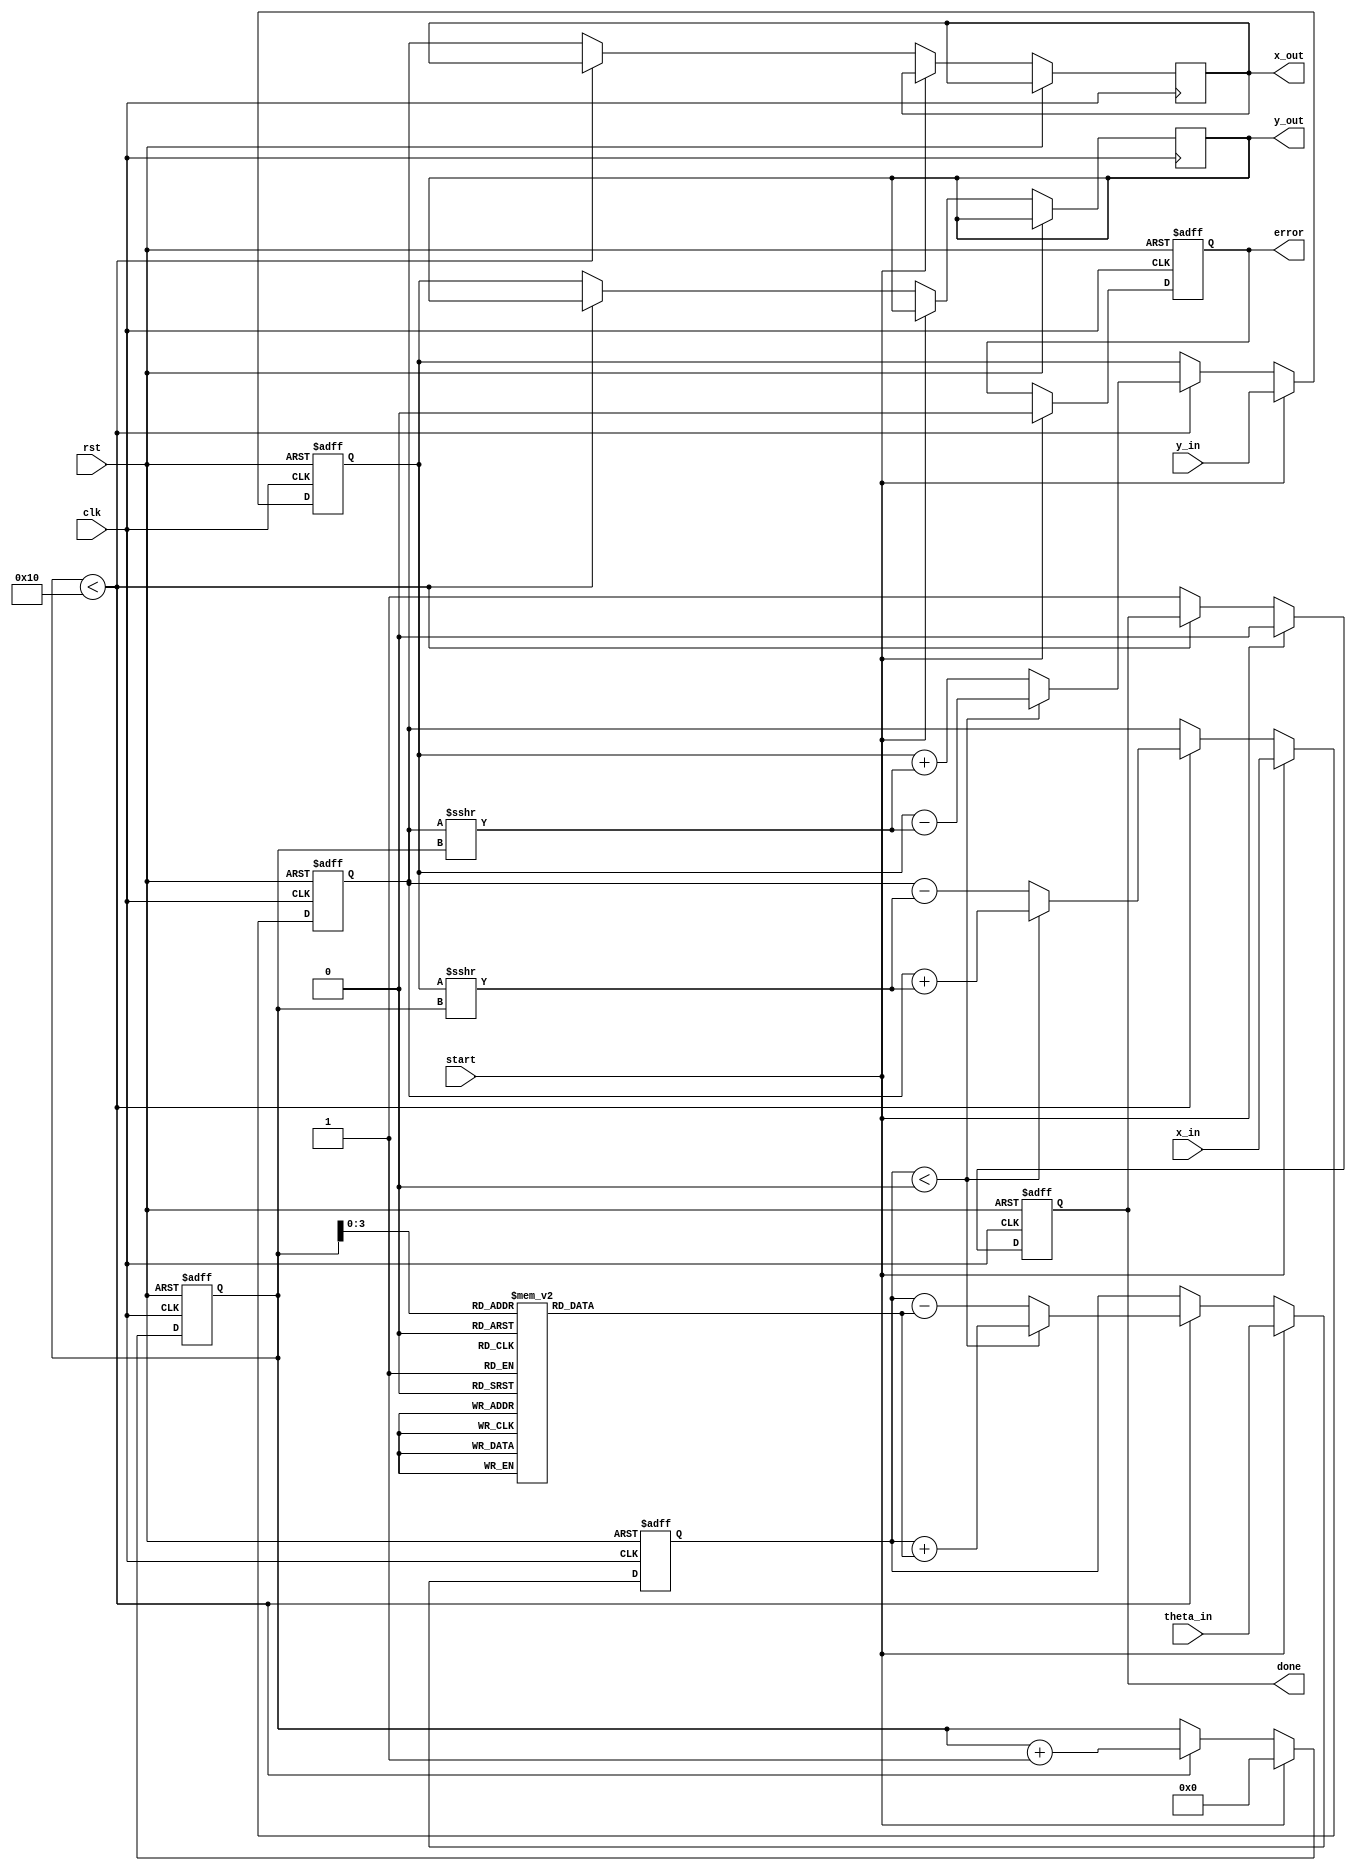
module modified_cordic #(
    parameter WIDTH = 16,            // Input and output width
    parameter ITERATIONS = 16        // Number of iterations
)(
    input wire clk,                  // Clock signal
    input wire rst,                  // Reset signal
    input wire start,                // Start signal for the computation
    input wire [WIDTH-1:0] x_in,     // X coordinate input
    input wire [WIDTH-1:0] y_in,     // Y coordinate input
    input wire [WIDTH-1:0] theta_in, // Angle input in radians
    output reg [WIDTH-1:0] x_out,    // X coordinate output
    output reg [WIDTH-1:0] y_out,     // Y coordinate output
    output reg done,                  // Done signal
    output reg error                  // Error flag
);

    // Precomputed arctangent values (in fixed-point format)
    reg [WIDTH-1:0] atan_table [0:ITERATIONS-1];
    initial begin
        // Initialize arctangent values (example values, needs to be filled in)
        atan_table[0] = 16'h2000; // atan(2^-0)
        atan_table[1] = 16'h1000; // atan(2^-1)
        atan_table[2] = 16'h0800; // atan(2^-2)
        // Add more values as needed...
    end

    reg [WIDTH-1:0] x_reg, y_reg; // Registers for holding intermediate results
    reg [WIDTH-1:0] theta_reg;    // Register for holding angle
    reg [4:0] iteration;           // Iteration counter
    reg [1:0] mode;                // Mode: 0 = rotation, 1 = vectoring

    // State machine for CORDIC operation
    always @(posedge clk or posedge rst) begin
        if (rst) begin
            x_reg <= 0;
            y_reg <= 0;
            theta_reg <= 0;
            iteration <= 0;
            done <= 0;
            error <= 0;
        end else if (start) begin
            // Initialize registers
            x_reg <= x_in;
            y_reg <= y_in;
            theta_reg <= theta_in;
            iteration <= 0;
            done <= 0;
            error <= 0;
        end else if (iteration < ITERATIONS) begin
            // CORDIC algorithm iteration
            if (theta_reg < 0) begin
                // Rotate clockwise
                x_reg <= x_reg + (y_reg >>> iteration);
                y_reg <= y_reg - (x_reg >>> iteration);
                theta_reg <= theta_reg + atan_table[iteration];
            end else begin
                // Rotate counter-clockwise
                x_reg <= x_reg - (y_reg >>> iteration);
                y_reg <= y_reg + (x_reg >>> iteration);
                theta_reg <= theta_reg - atan_table[iteration];
            end
            iteration <= iteration + 1;
        end else begin
            // Completion of iterations
            x_out <= x_reg;
            y_out <= y_reg;
            done <= 1;
        end
    end

endmodule